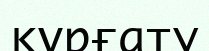
құрғату